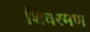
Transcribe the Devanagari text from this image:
शिवरमण